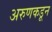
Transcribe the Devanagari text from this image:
अरुणकडून